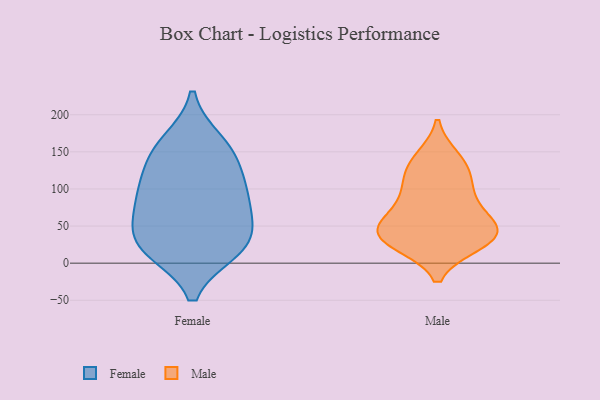
{"axis": {"x": "Satisfaction Score", "y": "Value"}, "legend": ["Female", "Male"], "data": [{"x": "", "y": 20, "type": "Female"}, {"x": "", "y": 152, "type": "Female"}, {"x": "", "y": 98, "type": "Female"}, {"x": "", "y": 18, "type": "Female"}, {"x": "", "y": 61, "type": "Female"}, {"x": "", "y": 108, "type": "Female"}, {"x": "", "y": 28, "type": "Female"}, {"x": "", "y": 92, "type": "Female"}, {"x": "", "y": 142, "type": "Female"}, {"x": "", "y": 26, "type": "Female"}, {"x": "", "y": 163, "type": "Female"}, {"x": "", "y": 65, "type": "Female"}, {"x": "", "y": 119, "type": "Male"}, {"x": "", "y": 37, "type": "Male"}, {"x": "", "y": 95, "type": "Male"}, {"x": "", "y": 141, "type": "Male"}, {"x": "", "y": 95, "type": "Male"}, {"x": "", "y": 29, "type": "Male"}, {"x": "", "y": 38, "type": "Male"}, {"x": "", "y": 134, "type": "Male"}, {"x": "", "y": 38, "type": "Male"}, {"x": "", "y": 44, "type": "Male"}, {"x": "", "y": 63, "type": "Male"}, {"x": "", "y": 27, "type": "Male"}, {"x": "", "y": 62, "type": "Male"}]}